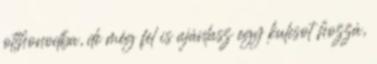
otthonodba, de még fel is ajánlasz egy kulcsot hozzá,